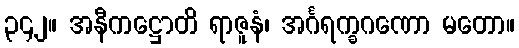
၃၄၂။ အနီကဋ္ဌောတိ ရာဇူနံ၊ အင်္ဂရက္ခဂဏော မတော။